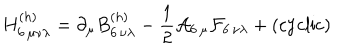
LaTeX: H _ { 6 \, \mu \nu \lambda } ^ { ( h ) } = \partial _ { \mu } B _ { 6 \, \nu \lambda } ^ { ( h ) } - { \frac { 1 } { 2 } } { \cal A } _ { 6 \, \mu } { \cal F } _ { 6 \, \nu \lambda } + ( \mathrm { c y c l i c } )